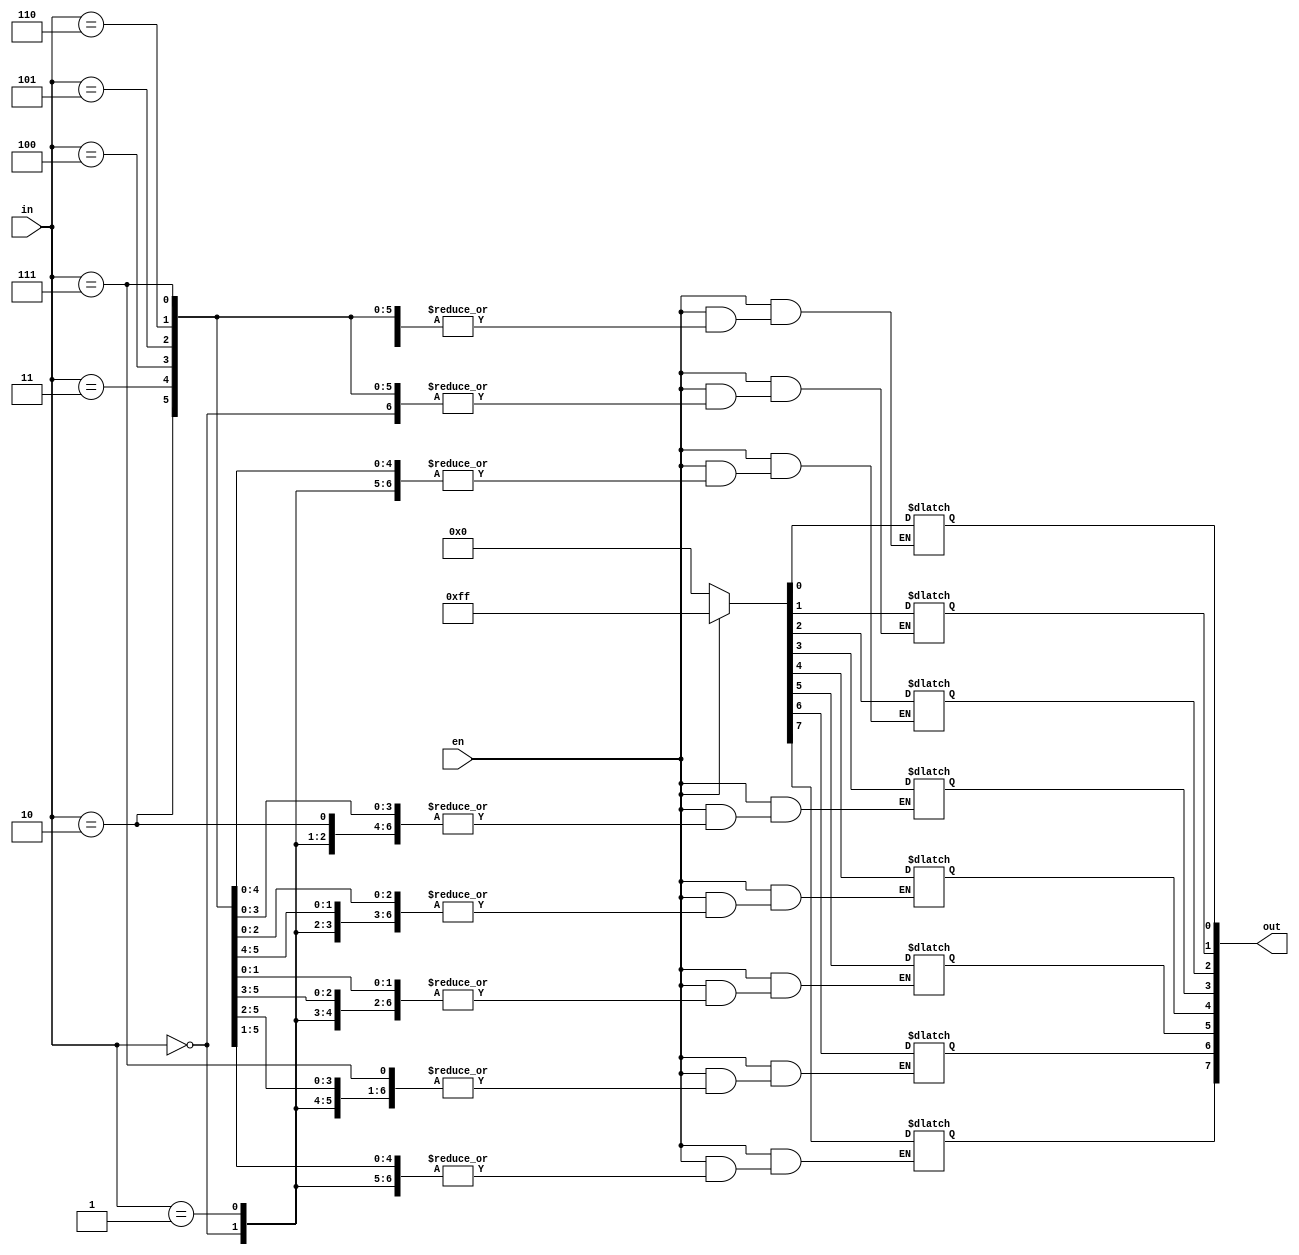
`timescale 1ns / 1ps
//////////////////////////////////////////////////////////////////////////////////
// Company: 
// Engineer: 
// 
// Design Name: 
// Module Name:    decoder38 
// Project Name: 
// Target Devices: 
// Tool versions: 
// Description: 
//
// Dependencies: 
//
// Revision: 
// Revision 0.01 - File Created
// Additional Comments: 
//
//////////////////////////////////////////////////////////////////////////////////
module decoder38(en,in,out);
input en;
input [2:0]in;
output reg [7:0]out;
always@(en or in)
begin
if(en==1)
begin
	case(in)
	3'b000:out[0]=1'b1;
	3'b001:out[1]=1'b1;
	3'b010:out[2]=1'b1;
	3'b011:out[3]=1'b1;
	3'b100:out[4]=1'b1;
	3'b101:out[5]=1'b1;
	3'b110:out[6]=1'b1;
	3'b111:out[7]=1'b1;
default:out=8'b0;
endcase
end
else
	out=1'b0;
end
endmodule